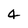
Character: 4